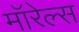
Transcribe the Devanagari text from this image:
मॉरेल्स